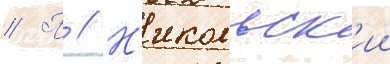
// П // Н'икольск'ии